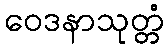
ဝေဒနာသုတ္တံ